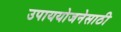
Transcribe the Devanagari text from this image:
उपाययोजनेसाठी